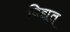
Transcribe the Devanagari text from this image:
विद्यूत्‌